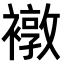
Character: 𧝋